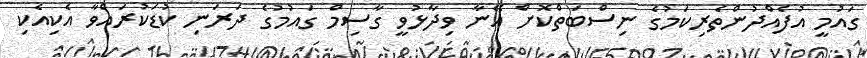
ގައުމީ އުފެއްދުންތެރިކަމުގެ ނިސްބަތްކޮށް އޭނާ ވިދާޅުވީ ގާސިމް ގައުމުގެ ދަރަނި ކުޑަކުރައްވާ އެކިއެކި